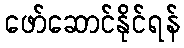
ဖော်ဆောင်နိုင်ရန်